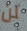
لن